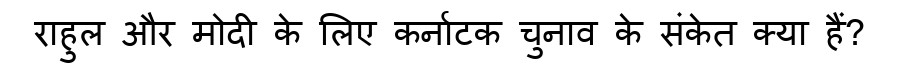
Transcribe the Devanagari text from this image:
राहुल और मोदी के लिए कर्नाटक चुनाव के संकेत क्या हैं?